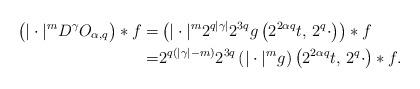
LaTeX: \begin{align*}\big(|\cdot|^m D^\gamma O_{\alpha,q}\big)\ast f=&\left(|\cdot|^m 2^{q|\gamma|}2^{3q}g\left(2^{2\alpha q}t,\,2^{q}\cdot\right)\right)\ast f\\=&2^{q(|\gamma|-m)}2^{3q}\left(|\cdot|^m g\right)\left(2^{2\alpha q}t,\,2^{q}\cdot\right)\ast f.\end{align*}